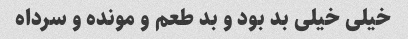
خیلی خیلی بد بود و بد طعم و مونده و سرداه